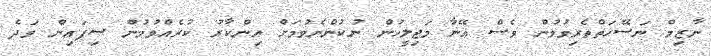
ނާޒިމް ނަސޭހަތްތެރިވުމުން ވެސް އޭނާ މަޖިލީހުން ނުކުންނެވުމަށް އިންކާރު ކުރެއްވުމުން ސިފައިން ވަދެ